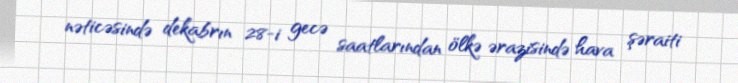
nəticəsində dekabrın 28-i gecə saatlarından ölkə ərazisində hava şəraiti